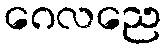
ဂေလညေ